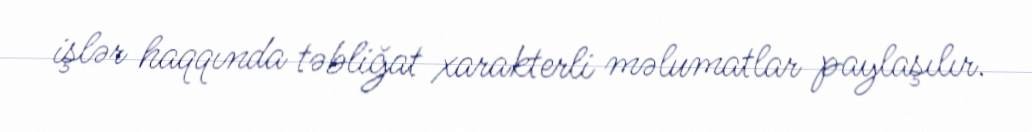
işlər haqqında təbliğat xarakterli məlumatlar paylaşılır.